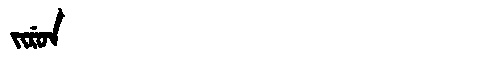
Manchu: ᠵᡳᡵᡠᠨ
Romanization: JIRUN